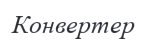
Конвертер